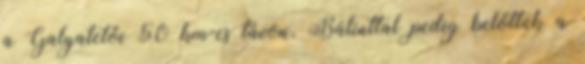
a Galyatetői 50 km-es távon, Bálinttal pedig belőttük a